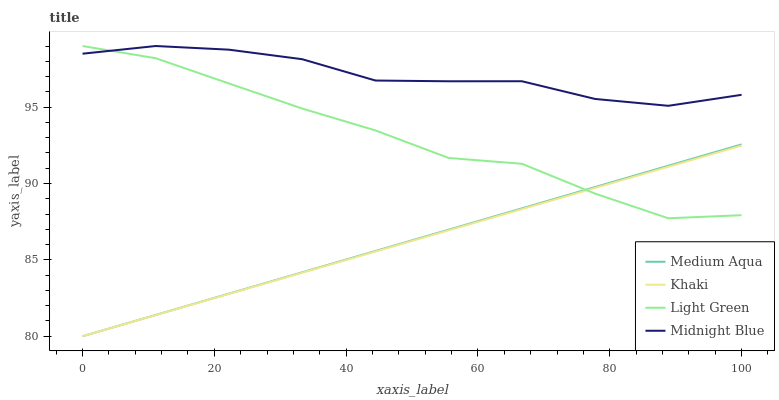
| xaxis_label | Medium Aqua | Khaki | Light Green | Midnight Blue |
 | --- | --- | --- | --- | --- |
 | 0 | 80 | 80 | 99 | 98.5 |
 | 11.1 | 81.4 | 81.4 | 98.2 | 99 |
 | 22.2 | 82.8 | 82.8 | 96.5 | 98.8 |
 | 33.3 | 84.2 | 84.2 | 94.9 | 98.1 |
 | 44.4 | 85.6 | 85.5 | 93.5 | 96.7 |
 | 55.6 | 87 | 86.9 | 91.7 | 96.7 |
 | 66.7 | 88.4 | 88.3 | 91.3 | 96.7 |
 | 77.8 | 89.8 | 89.7 | 89.3 | 95.5 |
 | 88.9 | 91.2 | 91.1 | 87.7 | 95.1 |
 | 100 | 92.6 | 92.5 | 87.9 | 95.8 |